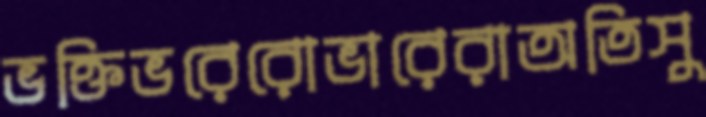
ভক্তিভরেরোভারেরাঅতিসু